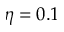
\eta = 0 . 1